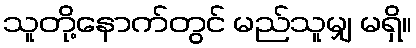
သူတို့နောက်တွင် မည်သူမျှ မရှိ။